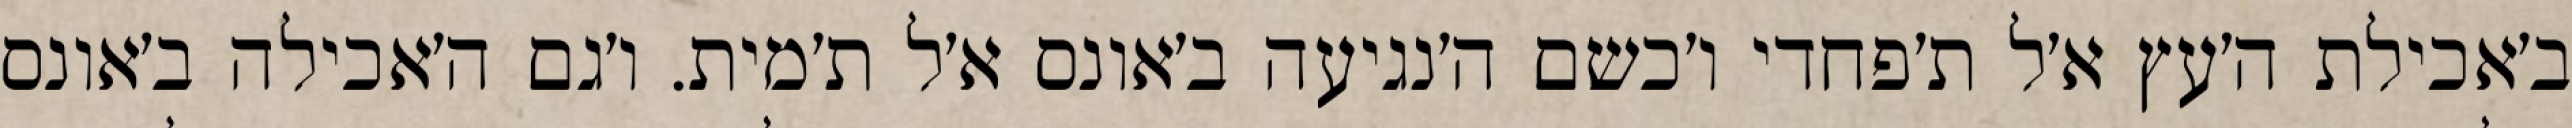
ב׳אכילת ה׳עץ א׳ל ת׳פחדי ו׳כשם ה׳נגיעה ב׳אונס א׳ל ת׳מית. ו׳גם ה׳אכילה ב׳אונס